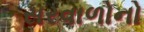
સરવાળોનો